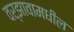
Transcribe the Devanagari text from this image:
वर्झावामधील